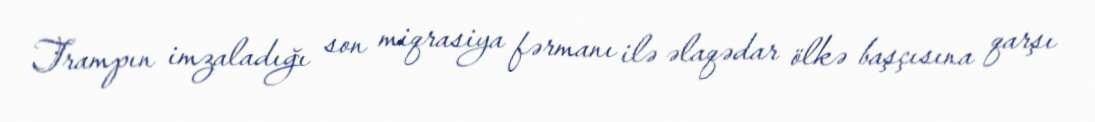
Trampın imzaladığı son miqrasiya fərmanı ilə əlaqədar ölkə başçısına qarşı